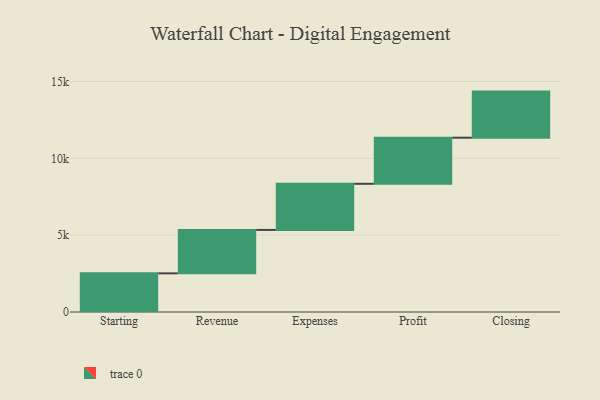
{"axis": {"x": "Step", "y": "Value"}, "legend": [""], "data": [{"x": "Starting", "y": 2515.0, "type": ""}, {"x": "Revenue", "y": 2827.0, "type": ""}, {"x": "Expenses", "y": 3000, "type": ""}, {"x": "Profit", "y": 3000, "type": ""}, {"x": "Closing", "y": 3000, "type": ""}]}